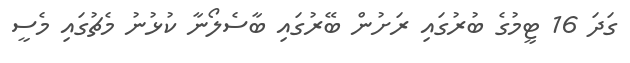
ގަދަ 16 ޓީމުގެ ބުރުގައި ރަށުން ބޭރުގައި ބާސެލޯނާ ކުޅުނު މެޗުގައި މެސީ